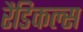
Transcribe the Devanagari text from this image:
रैडिकल्स